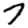
Digit: 7